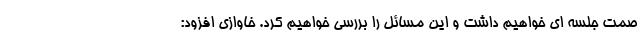
صمت جلسه ای خواهیم داشت و این مسائل را بررسی خواهیم کرد. خاوازی افزود: